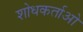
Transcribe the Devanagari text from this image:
शोधकर्ताओ